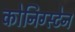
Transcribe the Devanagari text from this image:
कोनिग्स्टेन